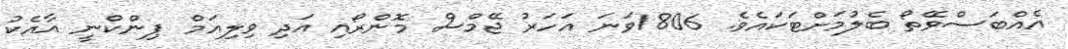
އެއްބަސްވޭތޯ ބެލުމަށްޓަކައެވެ. 1806ވަނަ އަހަރު ޖޭމްސް މޮންރޯއި އަދި ވިލިއަމް ޕިންކްނީ އާއެކު